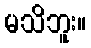
မသိဘူး။